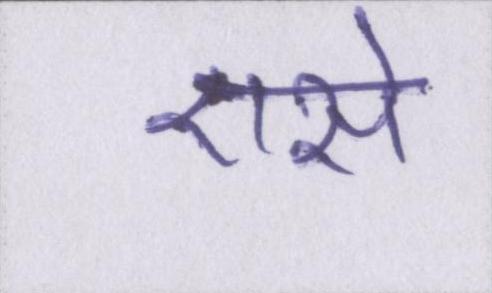
एसे